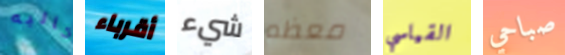
كاليه أقرباء شيء معظم القياسي صباحي